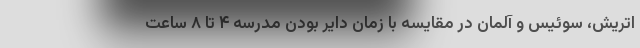
اتریش، سوئیس و آلمان در مقایسه با زمان دایر بودن مدرسه ۴ تا ۸ ساعت